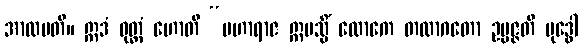
အာလပတိ။ ဣဒံ ဝုတ္တံ ဟောတိ “မဟာရာဇ ဣမသ္မိံ လောကေ တထာဂတော ဥပ္ပဇ္ဇတိ ဗုဒ္ဓေါ